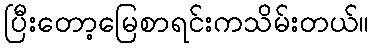
ပြီးတော့မြေစာရင်းကသိမ်းတယ်။